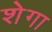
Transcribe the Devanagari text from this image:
शेगा